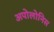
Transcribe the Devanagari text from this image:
अपोलोनिस